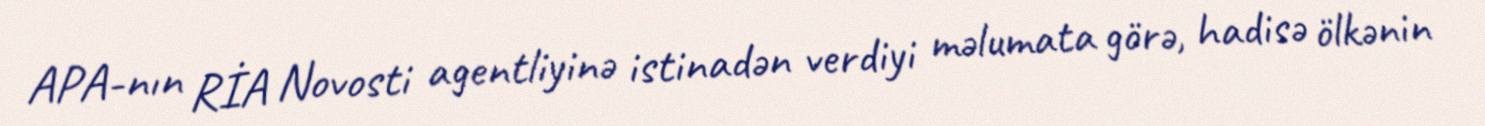
APA-nın RİA Novosti agentliyinə istinadən verdiyi məlumata görə, hadisə ölkənin